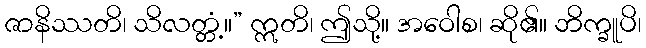
ဇာနိဿတိ၊ သိလတ္တံ့။” ဣတိ၊ ဤသို့။ အဝေါစ၊ ဆို၏။ ဘိက္ခူပိ၊